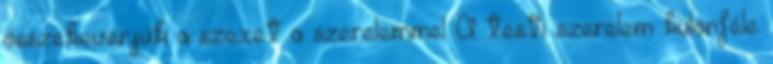
összekeverjük a szexet a szerelemmel A testi szerelem különféle